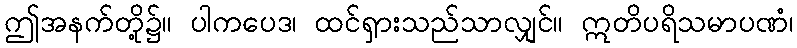
ဤအနက်တို့၌။ ပါကပေဒ၊ ထင်ရှားသည်သာလျှင်။ ဣတိပရိသမာပဏံ၊